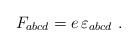
LaTeX: \begin{align*}F_{abcd}=e\, \varepsilon_{abcd}~.\end{align*}